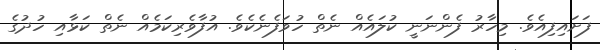
ފަށައިފިއެވެ. މިހާރު ފެންނަނީ ކުލައެއް ނެތް ހުވަފެނެކެވެ. އުފާވެރިކަމެއް ނެތް ކަޅާއި ހުދުގެ